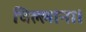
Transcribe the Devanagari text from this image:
चिल्लाना।